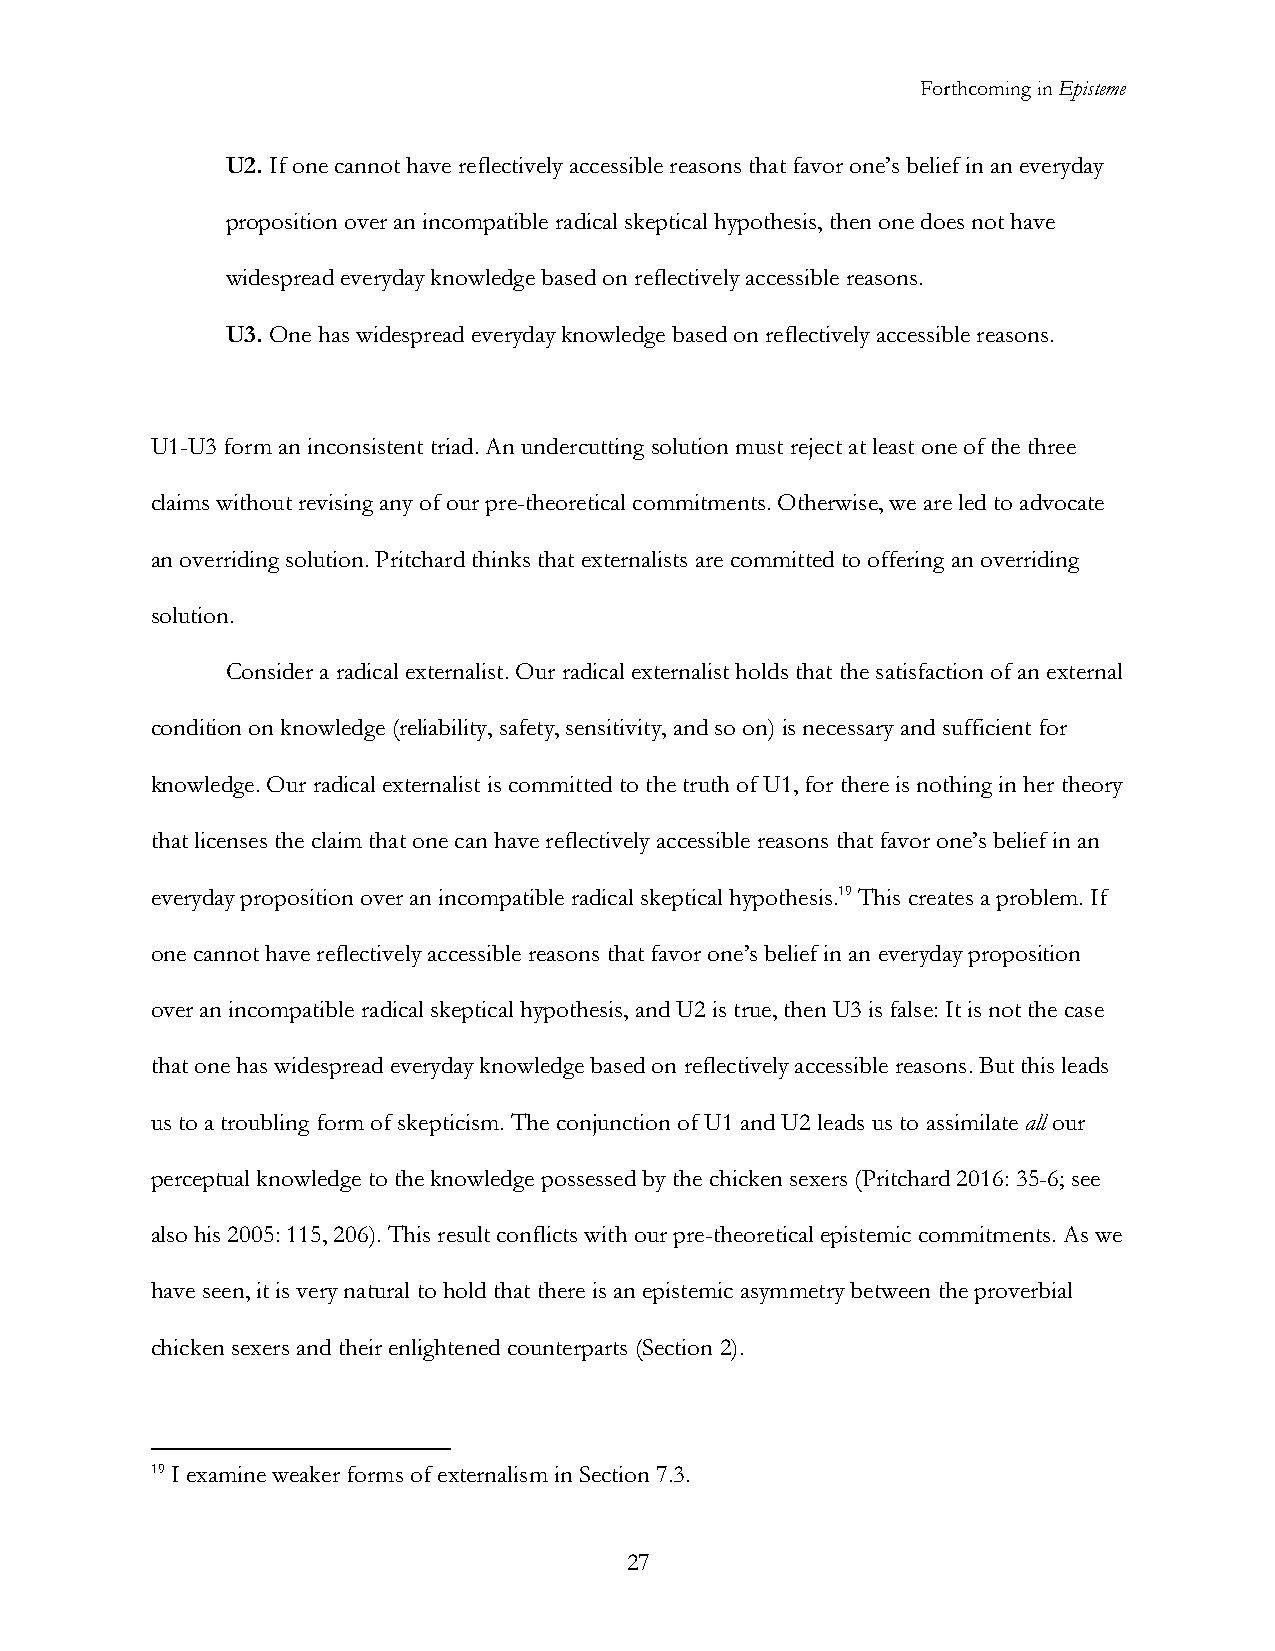
Forthcoming in Episteme
 U2. If one cannot have reflectively accessible reasons that favor one’s belief in an everyday
 proposition over an incompatible radical skeptical hypothesis, then one does not have
 widespread everyday knowledge based on reflectively accessible reasons.
 U3. One has widespread everyday knowledge based on reflectively accessible reasons.
 U1-U3 form an inconsistent triad. An undercutting solution must reject at least one of the three
 claims without revising any of our pre-theoretical commitments. Otherwise, we are led to advocate
 an overriding solution. Pritchard thinks that externalists are committed to offering an overriding
 solution.
 Consider a radical externalist. Our radical externalist holds that the satisfaction of an external
 condition on knowledge (reliability, safety, sensitivity, and so on) is necessary and sufficient for
 knowledge. Our radical externalist is committed to the truth of U1, for there is nothing in her theory
 that licenses the claim that one can have reflectively accessible reasons that favor one’s belief in an
 everyday proposition over an incompatible radical skeptical hypothesis.19 This creates a problem. If
 one cannot have reflectively accessible reasons that favor one’s belief in an everyday proposition
 over an incompatible radical skeptical hypothesis, and U2 is true, then U3 is false: It is not the case
 that one has widespread everyday knowledge based on reflectively accessible reasons. But this leads
 us to a troubling form of skepticism. The conjunction of U1 and U2 leads us to assimilate all our
 perceptual knowledge to the knowledge possessed by the chicken sexers (Pritchard 2016: 35-6; see
 also his 2005: 115, 206). This result conflicts with our pre-theoretical epistemic commitments. As we
 have seen, it is very natural to hold that there is an epistemic asymmetry between the proverbial
 chicken sexers and their enlightened counterparts (Section 2).
 19 I examine weaker forms of externalism in Section 7.3.
 27